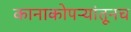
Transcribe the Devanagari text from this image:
कानाकोपऱ्यांतूनच